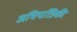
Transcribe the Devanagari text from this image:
अभियांत्रिकी